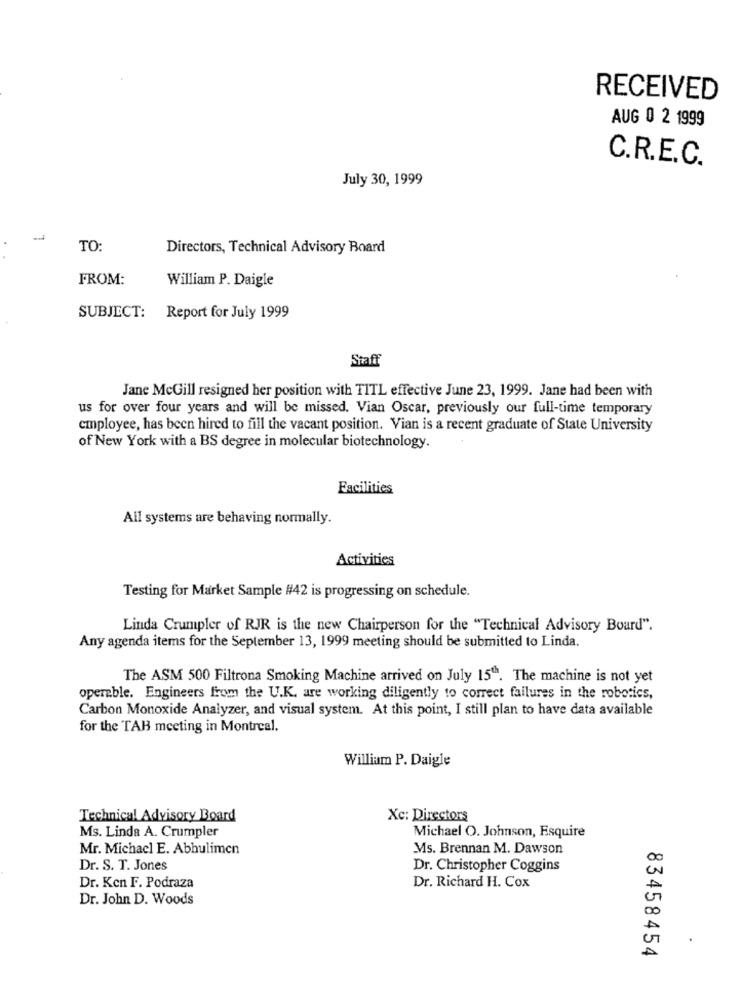
RECEIVED
AUG 0 2 1999
C.R.E.C.
July 30, 1999
TO:
Directors, Technical Advisory Board
FROM:
William P. Daigle
SUBJECT: Report for July 1999
Staff
Jane McGill resigned her position with TITL effective June 23, 1999. Jane had been with
us for over four years and will be missed. Vian Oscar, previously our full-time temporary
employee, has been hired to fill the vacant position. Vian is a recent graduate of State University
of New York with a BS degree in molecular biotechnology.
Facilities
All systems are behaving normally.
Activities
Testing for Market Sample #42 is progressing on schedule.
Linda Crumpler of RJR is the new Chairperson for the "Technical Advisory Board".
Any agenda items for the September 13, 1999 meeting should be submitted to Linda.
The ASM 500 Filtrona Smoking Machine arrived on July 15"". The machine is not yet
operable. Engineers from the U.K. are working diligently to correct failures in the robotics,
Carbon Monoxide Analyzer, and visual system. At this point, I still plan to have data available
for the TAH meeting in Montreal.
William P. Daigle
Technical Advisory Board
Xc: Directors
Ms. Linda A. Crumpler
Michael O. Johnson, Esquire
Mr. Michacl E. Abhulimen
Ms. Brennan M. Dawson
Oc
Dr. S. T. Jones
Dr. Christopher Coggins
Dr. Ken F. Podraza
Dr. Richard H. Cox
Dr. John D. Woods
30
A
83458454